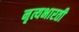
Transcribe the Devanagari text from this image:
नृत्यभारती